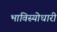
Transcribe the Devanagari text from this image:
भाविस्योधारी